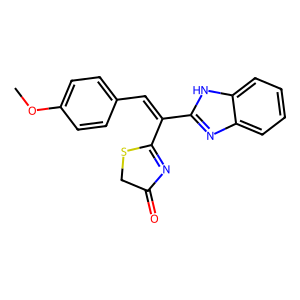
SMILES: COc1ccc(C=C(C2=NC(=O)CS2)c2nc3ccccc3[nH]2)cc1
Inhibits HIV replication: No